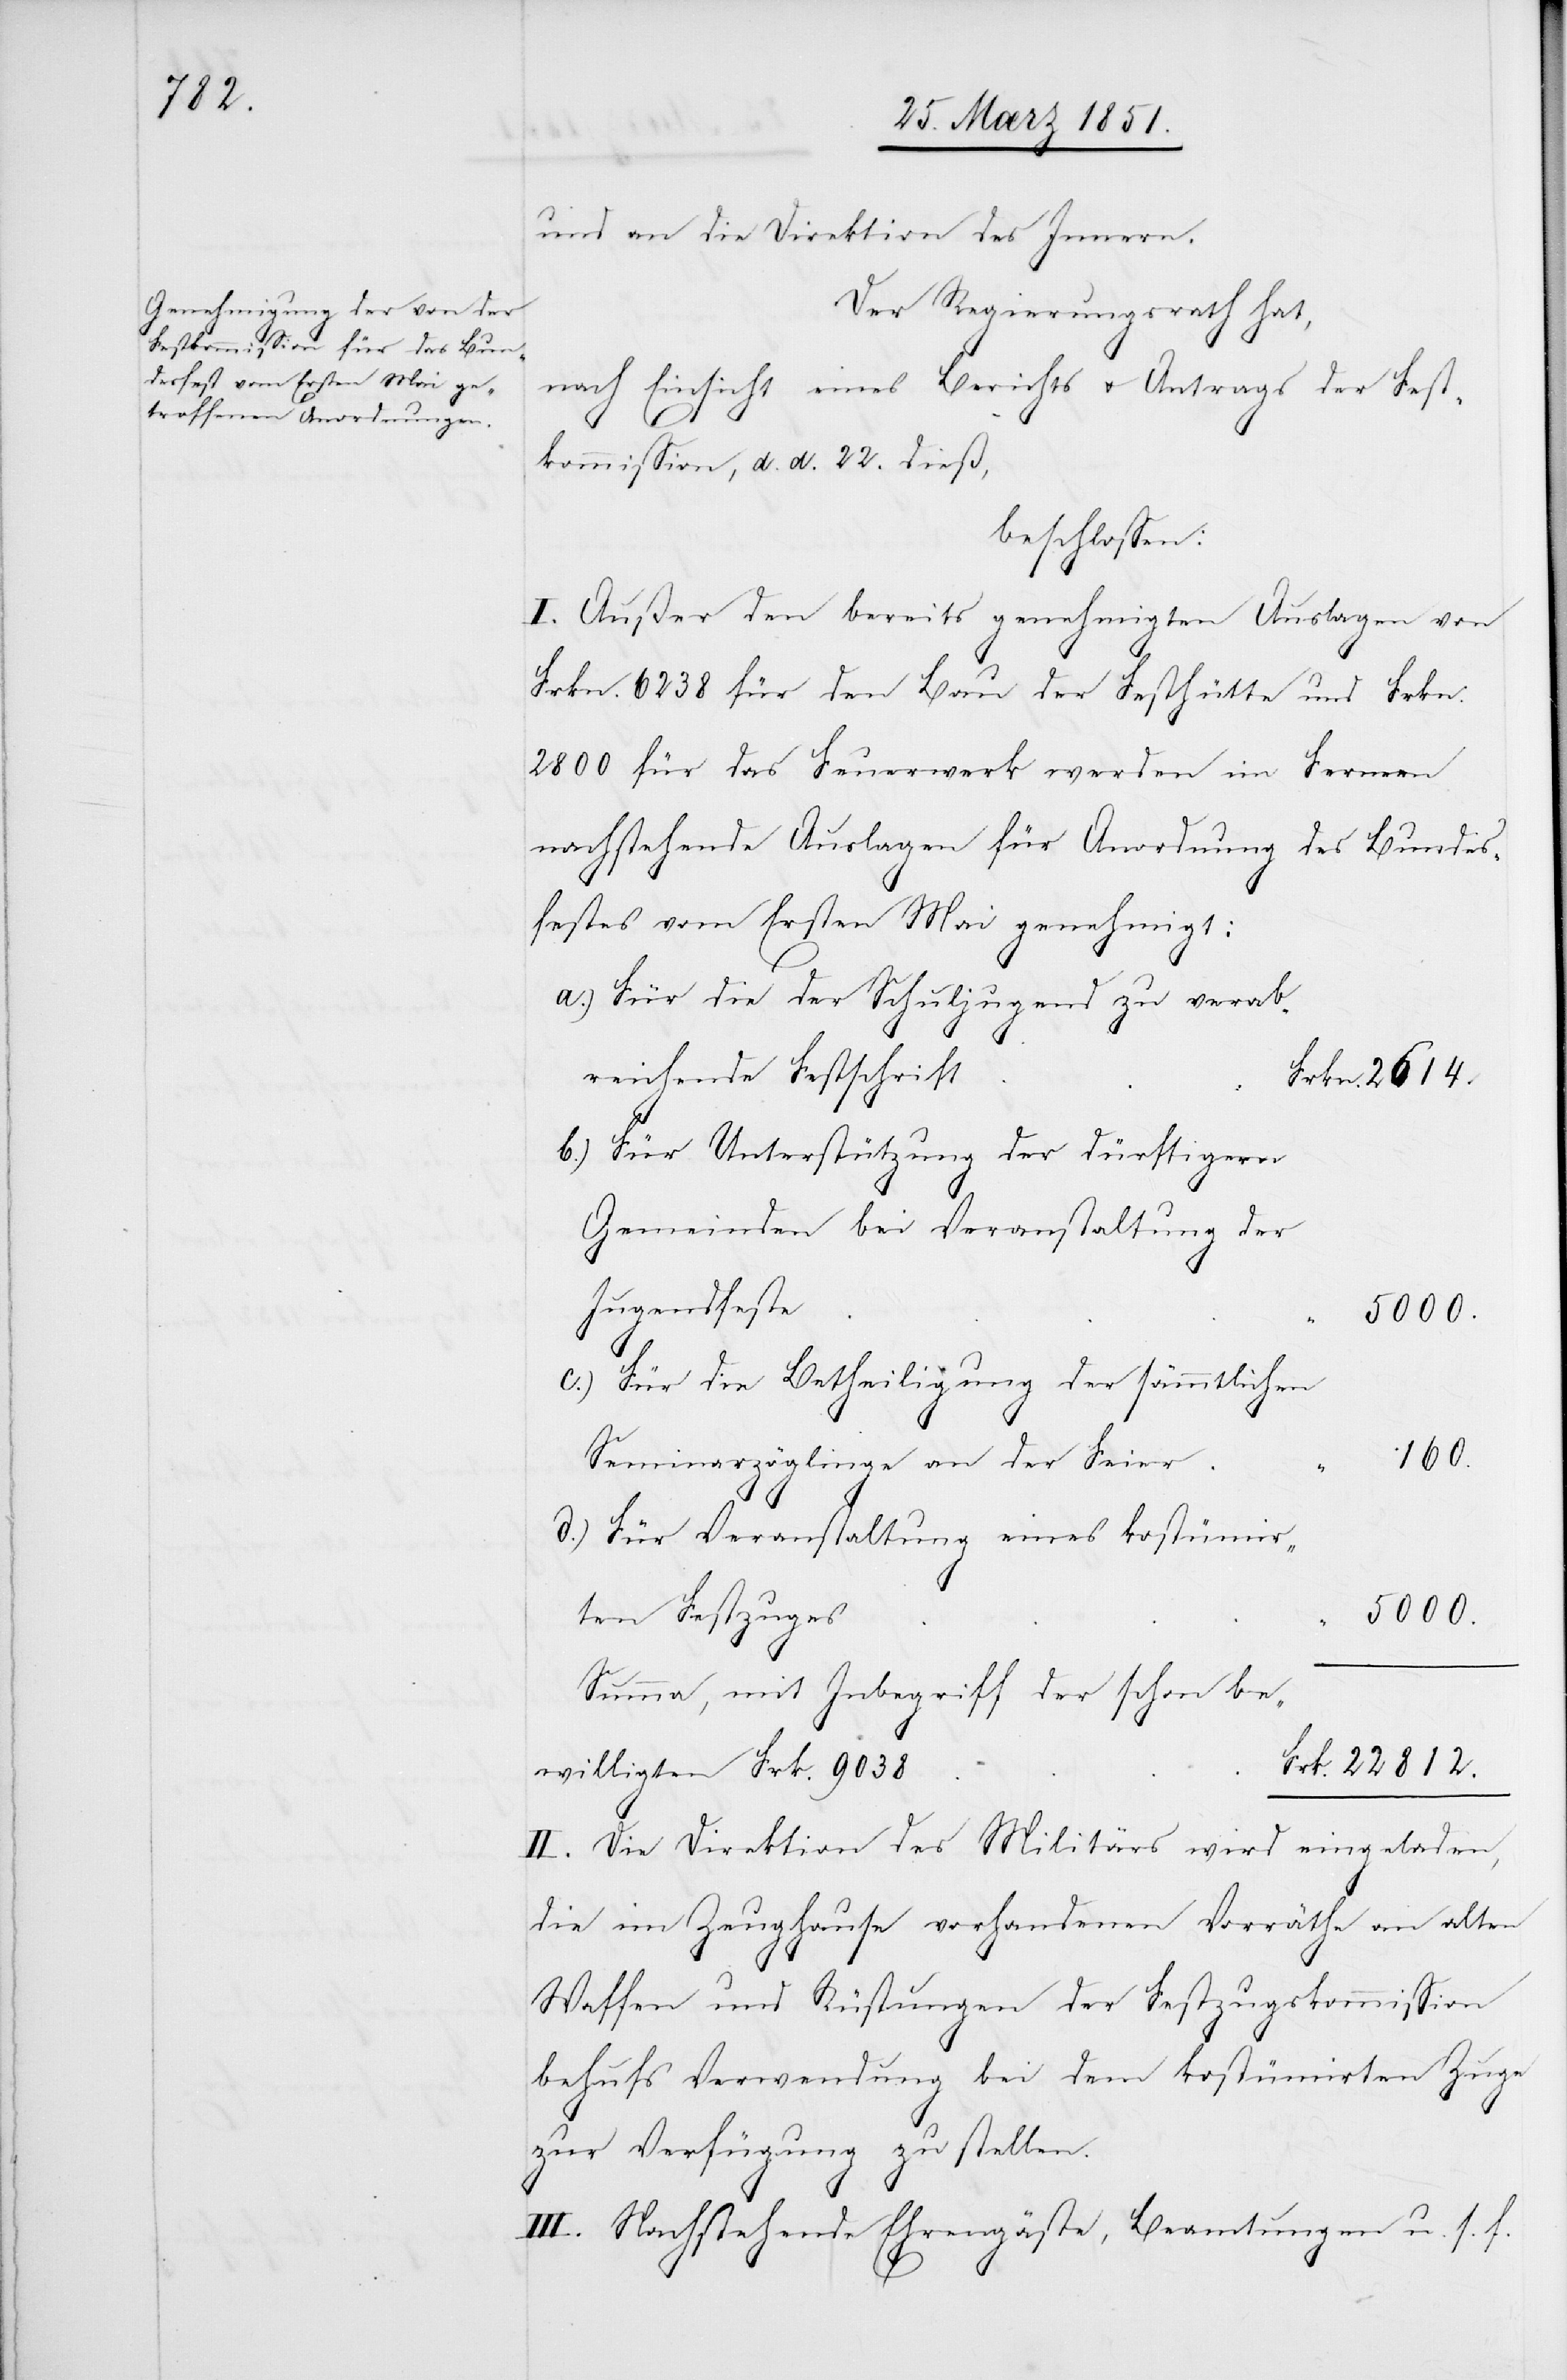
und an die Direktion des Innern.
Der Regierungsrath hat,
nach Einsicht eines Berichts u. Antrags der Fest¬
kommission, d. d. 22. dieß,
beschlossen:
I. Außer den bereits genehmigten Auslagen von
Frkn. 6238 für den Bau der Festhütte und Frkn.
2800 für das Feuerwerk werden im Fernern
nachstehende Auslagen für Anordnung des Bundes¬
festes vom Ersten Mai genehmigt:
Für die der Schuljugend zu verab¬
reichende Festschrift
Für Unterstützung der dürftigern
Gemeinden bei Veranstaltung der
Jugendfeste
5000.
c.)
Für die Betheiligung der sämmtlichen
160.
Seminarzöglinge an der Feier
Für Veranstaltung eines kostümir¬
5000.
ten Festzuges
Summa, mit Inbegriff der schon be¬
willigten Frk. 9038
II. Die Direktion des Militärs wird eingeladen,
die im Zeughause vorhandenen Vorräthe an alten
Waffen und Rüstungen der Festzugskommission
behufs Verwendung bei dem kostümirten Zuge
zur Verfügung zu stellen.
“
III. Nachstehende Ehrengäste, Beamtungen u. s. f.